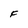
Character: F